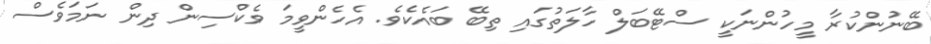
ބޭނުންކުރާ މީހުންނަކީ ސްޓޭބަލް ހާލަތުގައި ތިބޭ ބައެކެވެ. އެހެންވީމަ ވެކްސިން ދިން ނަމަވެސް